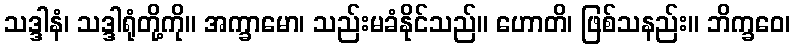
သဒ္ဒါနံ၊ သဒ္ဒါရုံတို့ကို။ အက္ခာမော၊ သည်းမခံနိုင်သည်။ ဟောတိ၊ ဖြစ်သနည်း။ ဘိက္ခဝေ၊